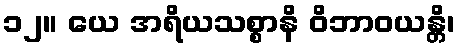
၁၂။ ယေ အရိယသစ္စာနိ ဝိဘာဝယန္တိ၊